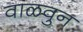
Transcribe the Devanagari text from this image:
वाळवुन